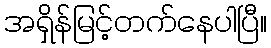
အရှိန်မြင့်တက်နေပါပြီ။